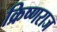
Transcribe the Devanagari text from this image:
क्रिष्णराज